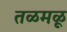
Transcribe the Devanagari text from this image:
तळमळू